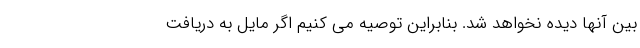
بین آنها دیده نخواهد شد. بنابراین توصیه می کنیم اگر مایل به دریافت